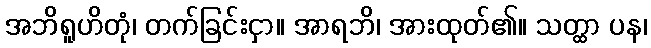
အဘိရူဟိတုံ၊ တက်ခြင်းငှာ။ အာရဘိ၊ အားထုတ်၏။ သတ္ထာ ပန၊